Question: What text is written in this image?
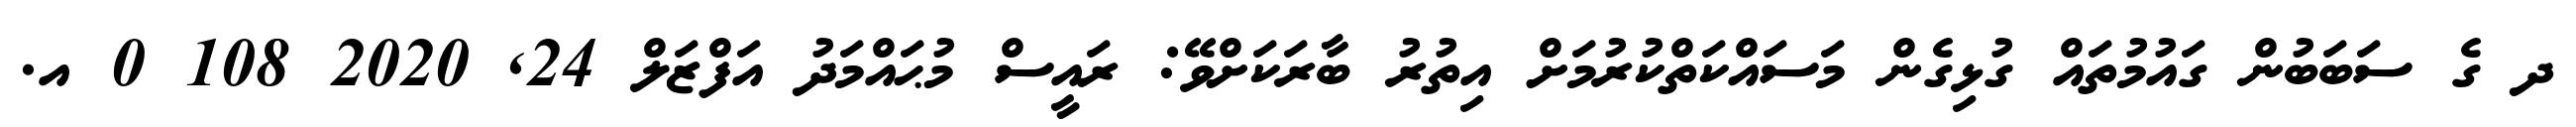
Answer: ދ ގެ ސަބަބުން ގައުމުތައް ގުޅިގެން މަސައްކަތްކުރުމަށް އިތުރު ބާރަކަށްވޭ: ރައީސް މުޙައްމަދު އަފްޒަލް 24, 2020 108 0 އ.